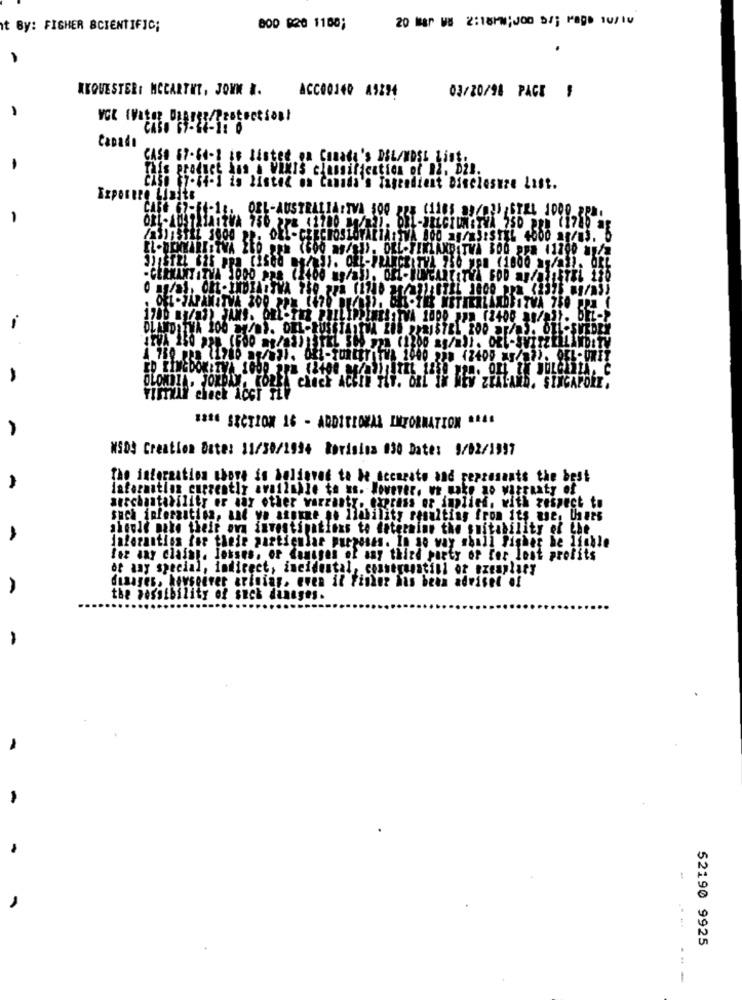
20 Mar Vs 2:18PM;300 b/; Mas Iv/IV
ht By: FISHER SCIENTIFIC;
800 $20 1100;
-
KKQUESTER: MCCARTHY, JOHN &.
ACC00140 49254
03/20/98 PACE ,
CABO 67-14-12 0
Capado
CASH 67-64-1 is listed on Canada's DEL/Most List ..
This product has a Vaxis classification of Il, D2B.
caso 67-04-1 is listed on Canada's Tagendient Disclosure List.
Exposure Limits
OEL-AUSTR
ITVA 500 225 (1185 a9/02 :STEL 1000_2PM.
-
OIL-AUCHATTVA 750 282 41700 11/222. OBI-BELGIENETYA 750 210 (178) a
-
1780 83/83) JAMS. ORL- TER PHILIPPINES TVA 1000 J92 (2400 9/03). BEL->
OLOMBIA. JORDAN, KOREA Check ACHIE FLY. ORL IN NEW ZEALAND. SINGAPORE.
1286 SECTION 16 - ADDITIONAL INFORMATION "A4.
MSDS Creation Date: 11/30/1994 Borisina 030 Date: 9/02/1997
The information chore in boldoved to be accurate and pepzesants the best
laformation currently available to us. However, we wake no warranty of
auschantability er sar other wazzanty. express or implied, with respect to
such information, and ya atomme no liability resulting from its use. Users
should make their own investigations to determine the suitability of the
daforantios for their particular purposes. In no way shall fisher be linkle
for any claims. Josses, or Camsges of any third party or for lost profits
or any special, indirect, incidental, comeyunatill oz exemplary
disager, howsoever arloing. even it Finder has been advised of
the Possibility of suck dannges.
-
-
52190 9925
---